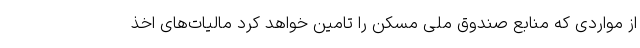
از مواردی که منابع صندوق ملی مسکن را تامین خواهد کرد مالیات‌های اخذ